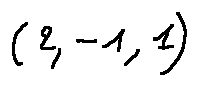
( 2 , - 1 , 1 )